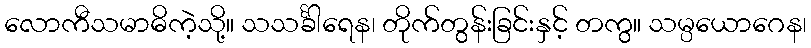
လောကီသမာဓိကဲ့သို့။ သသင်္ခါရေန၊ တိုက်တွန်းခြင်းနှင့် တကွ။ သမ္ပယောဂေန၊